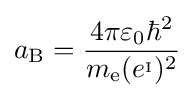
a_{\mathrm {B} }={\frac {4\pi \varepsilon _{0}\hbar ^{2}}{m_{\mathrm {e} }(e^{_{\mathrm {I} }})^{2}}}